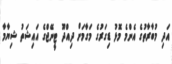
އަދި މުބާރާތުގެ އެންމެ މޮޅު ޑިގަރުގެ މަގާމަށް ދިއްދޫ ޓީނޭޖްގެ އައިޝަތު ޝިޔާމާ